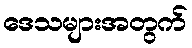
ဒေသများအတွက်